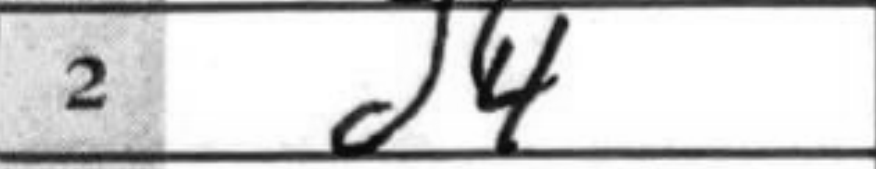
Transcription: d4